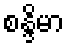
စန္ဒိမာ